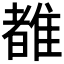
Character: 𬯯